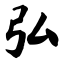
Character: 弘